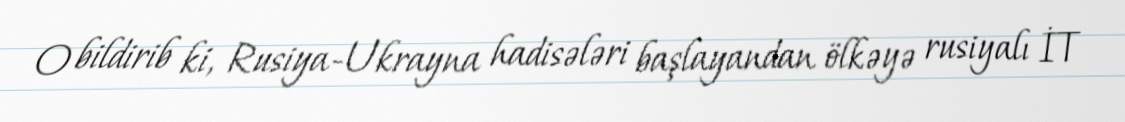
O bildirib ki, Rusiya-Ukrayna hadisələri başlayandan ölkəyə rusiyalı İT